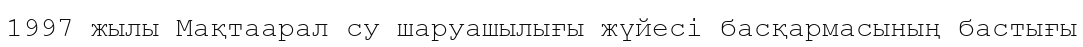
1997 жылы Мақтаарал су шаруашылығы жүйесі басқармасының бастығы